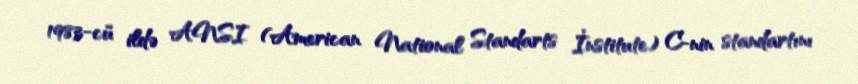
1983-cü ildə ANSI (American National Standarts İnstitute) C-nin standartını